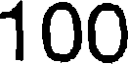
100